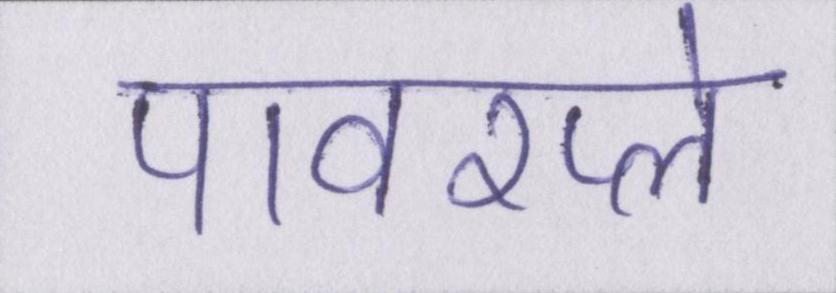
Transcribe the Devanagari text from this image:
पावरप्ले